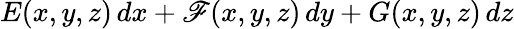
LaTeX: E(x,y,z)\, dx+\mathscr{F}(x,y,z)\, dy+G(x,y,z)\, dz